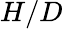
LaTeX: H/D